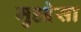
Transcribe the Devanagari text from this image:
मुहद्देसा